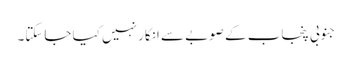
جنوبی پنجاب کے صوبے سے انکار نہیں کیا جاسکتا۔